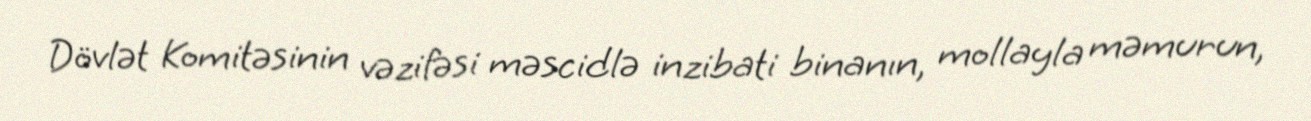
Dövlət Komitəsinin vəzifəsi məscidlə inzibati binanın, mollayla məmurun,